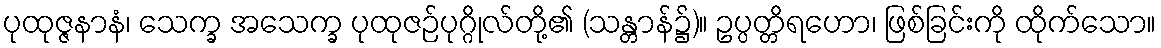
ပုထုဇ္ဇနာနံ၊ သေက္ခ အသေက္ခ ပုထုဇဉ်ပုဂ္ဂိုလ်တို့၏ (သန္တာန်၌)။ ဥပ္ပတ္တိရဟော၊ ဖြစ်ခြင်းကို ထိုက်သော။